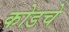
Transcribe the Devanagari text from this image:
कोडचे